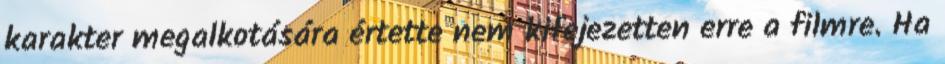
karakter megalkotására értette nem kifejezetten erre a filmre. Ha